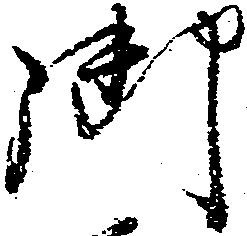
御